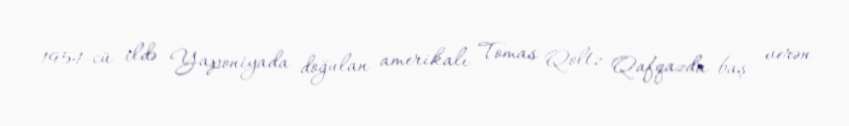
1954-cü ildə Yaponiyada doğulan amerikalı Tomas Qoltz Qafqazda baş verən